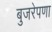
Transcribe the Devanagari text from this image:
बुजरेपणा